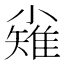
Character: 𪨅